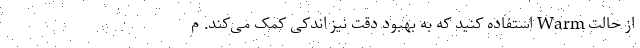
از حالت Warm استفاده کنید که به بهبود دقت نیز اندکی کمک می‌کند. م